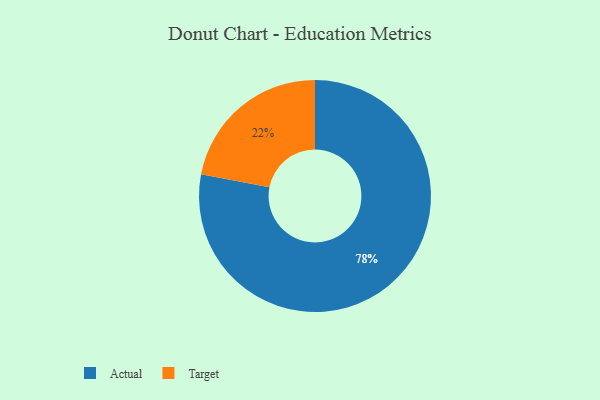
{"axis": {"x": "Category", "y": "Percentage"}, "legend": ["Actual", "Target"], "data": [{"x": "Actual", "y": 78, "type": "Actual"}, {"x": "Target", "y": 22, "type": "Target"}]}